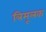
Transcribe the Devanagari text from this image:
त्रिमूलक